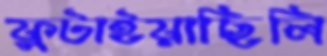
ফুটাইয়াছিলি